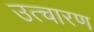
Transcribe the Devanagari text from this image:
उत्चारण